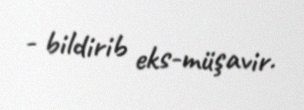
- bildirib eks-müşavir.